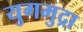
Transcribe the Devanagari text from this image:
युगमुद्रा